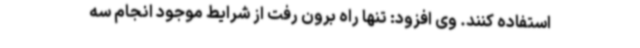
استفاده کنند. وی افزود: تنها راه برون رفت از شرایط موجود انجام سه